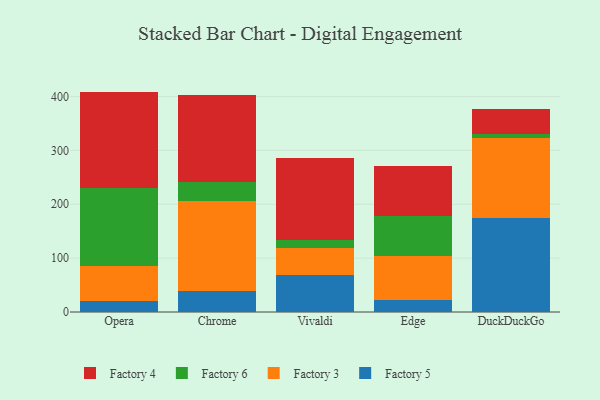
{"axis": {"x": "Browser", "y": "Production Output"}, "legend": ["Factory 3", "Factory 4", "Factory 5", "Factory 6"], "data": [{"x": "Opera", "y": 20.1, "type": "Factory 5"}, {"x": "Opera", "y": 65.9, "type": "Factory 3"}, {"x": "Opera", "y": 143.3, "type": "Factory 6"}, {"x": "Opera", "y": 179.7, "type": "Factory 4"}, {"x": "Chrome", "y": 39.5, "type": "Factory 5"}, {"x": "Chrome", "y": 166.5, "type": "Factory 3"}, {"x": "Chrome", "y": 34.7, "type": "Factory 6"}, {"x": "Chrome", "y": 161.7, "type": "Factory 4"}, {"x": "Vivaldi", "y": 68.2, "type": "Factory 5"}, {"x": "Vivaldi", "y": 50.8, "type": "Factory 3"}, {"x": "Vivaldi", "y": 13.7, "type": "Factory 6"}, {"x": "Vivaldi", "y": 153.9, "type": "Factory 4"}, {"x": "Edge", "y": 21.9, "type": "Factory 5"}, {"x": "Edge", "y": 82.7, "type": "Factory 3"}, {"x": "Edge", "y": 73.3, "type": "Factory 6"}, {"x": "Edge", "y": 92.6, "type": "Factory 4"}, {"x": "DuckDuckGo", "y": 175.1, "type": "Factory 5"}, {"x": "DuckDuckGo", "y": 148.3, "type": "Factory 3"}, {"x": "DuckDuckGo", "y": 6.3, "type": "Factory 6"}, {"x": "DuckDuckGo", "y": 46.1, "type": "Factory 4"}]}